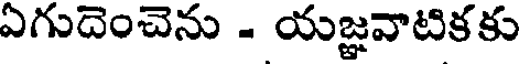
ఏగుదెంచెను . యజ్ఞవాటికకు